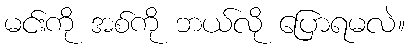
မင်းကို အစ်ကို ဘယ်လို ပြောရမလဲ။